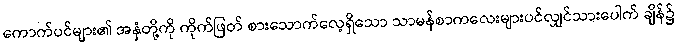
ကောက်ပင်များ၏ အနှံတို့ကို ကိုက်ဖြတ် စားသောက်လေ့ရှိသော သာမန်စာကလေးများပင်လျှင်သားပေါက် ချိန်၌